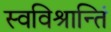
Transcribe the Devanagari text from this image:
स्वविश्रान्तिं